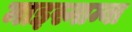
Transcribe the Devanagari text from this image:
माइस्नाम्बा